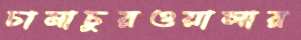
চানাচুরওয়ালার